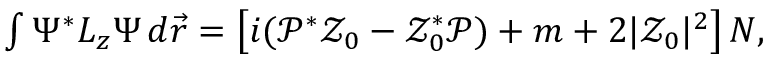
\begin{array} { r } { \int \Psi ^ { * } L _ { z } \Psi \, d { \vec { r } } = \left[ i ( \mathcal { P } ^ { * } \mathcal { Z } _ { 0 } - \mathcal { Z } _ { 0 } ^ { * } \mathcal { P } ) + m + 2 | \mathcal { Z } _ { 0 } | ^ { 2 } \right] N , } \end{array}